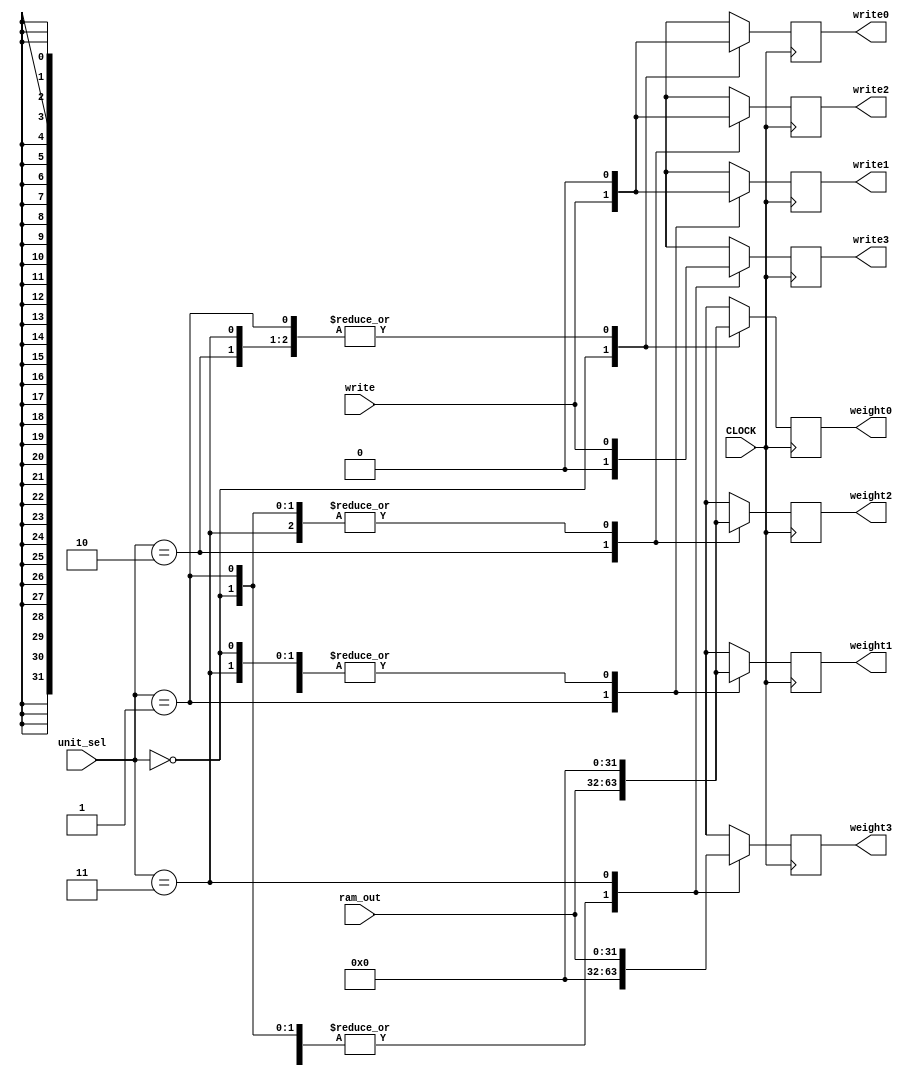
`timescale 1ns / 1ps
//////////////////////////////////////////////////////////////////////////////////
// 
// Module Name: RAMMux_py
// Project Name: FPGA Brain
// Description:  
// 
//////////////////////////////////////////////////////////////////////////////////

module RAMMux_py(
input [31:0] ram_out,
input [1:0] unit_sel,
input write,
input CLOCK,
output reg [31:0] weight0,output reg write0,
output reg [31:0] weight1,output reg write1,
output reg [31:0] weight2,output reg write2,
output reg [31:0] weight3,output reg write3
);

always@(posedge CLOCK)	begin
 	case(unit_sel)
	0: begin
		weight0<=ram_out;
		write0<=write;
		weight1<=0;
		write1<=0;
		weight2<=0;
		write2<=0;
		weight3<=0;
		write3<=0;
		end
	1: begin
		weight0<=0;
		write0<=0;
		weight1<=ram_out;
		write1<=write;
		weight2<=0;
		write2<=0;
		weight3<=0;
		write3<=0;
		end
	2: begin
		weight0<=0;
		write0<=0;
		weight1<=0;
		write1<=0;
		weight2<=ram_out;
		write2<=write;
		weight3<=0;
		write3<=0;
		end
	3: begin
		weight0<=0;
		write0<=0;
		weight1<=0;
		write1<=0;
		weight2<=0;
		write2<=0;
		weight3<=ram_out;
		write3<=write;
		end
	default: begin
		weight0<=0;
		write0<=0;
		weight1<=0;
		write1<=0;
		weight2<=0;
		write2<=0;
		weight3<=0;
		write3<=0;
		end
	endcase
	end
endmodule